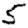
Digit: 5